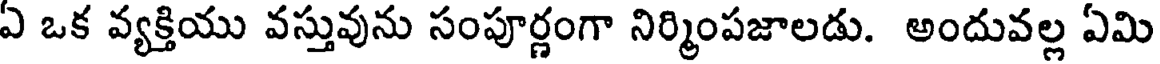
ఏ ఒక వ్యక్తియు వస్తువును సంపూర్ణంగా నిర్మింపజాలడు. అందువల్ల ఏమి